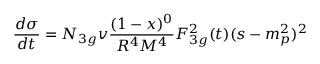
\frac { d \sigma } { d t } = { \cal N } _ { 3 g } v \frac { ( 1 - x ) ^ { 0 } } { R ^ { 4 } { \cal { M } } ^ { 4 } } F _ { 3 g } ^ { 2 } ( t ) ( s - m _ { p } ^ { 2 } ) ^ { 2 }